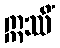
ဣဿိံ